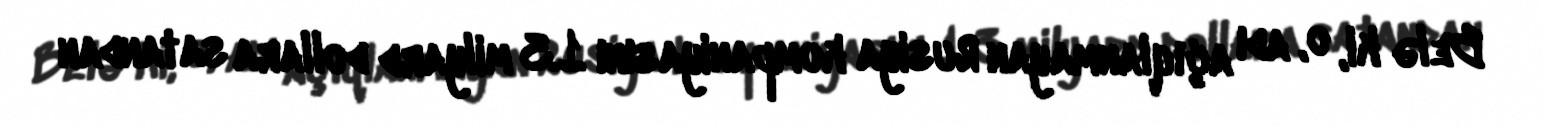
Belə ki, o, adı açıqlanmayan Rusiya kompaniyasını 1.3 milyard dollara satandan